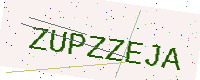
Text: ZUPZZEJA